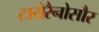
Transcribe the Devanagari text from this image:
टायेरैनोसौर